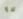
لاو